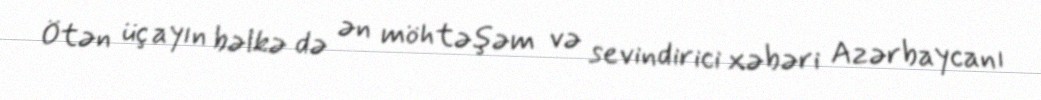
Ötən üç ayın bəlkə də ən möhtəşəm və sevindirici xəbəri Azərbaycanı